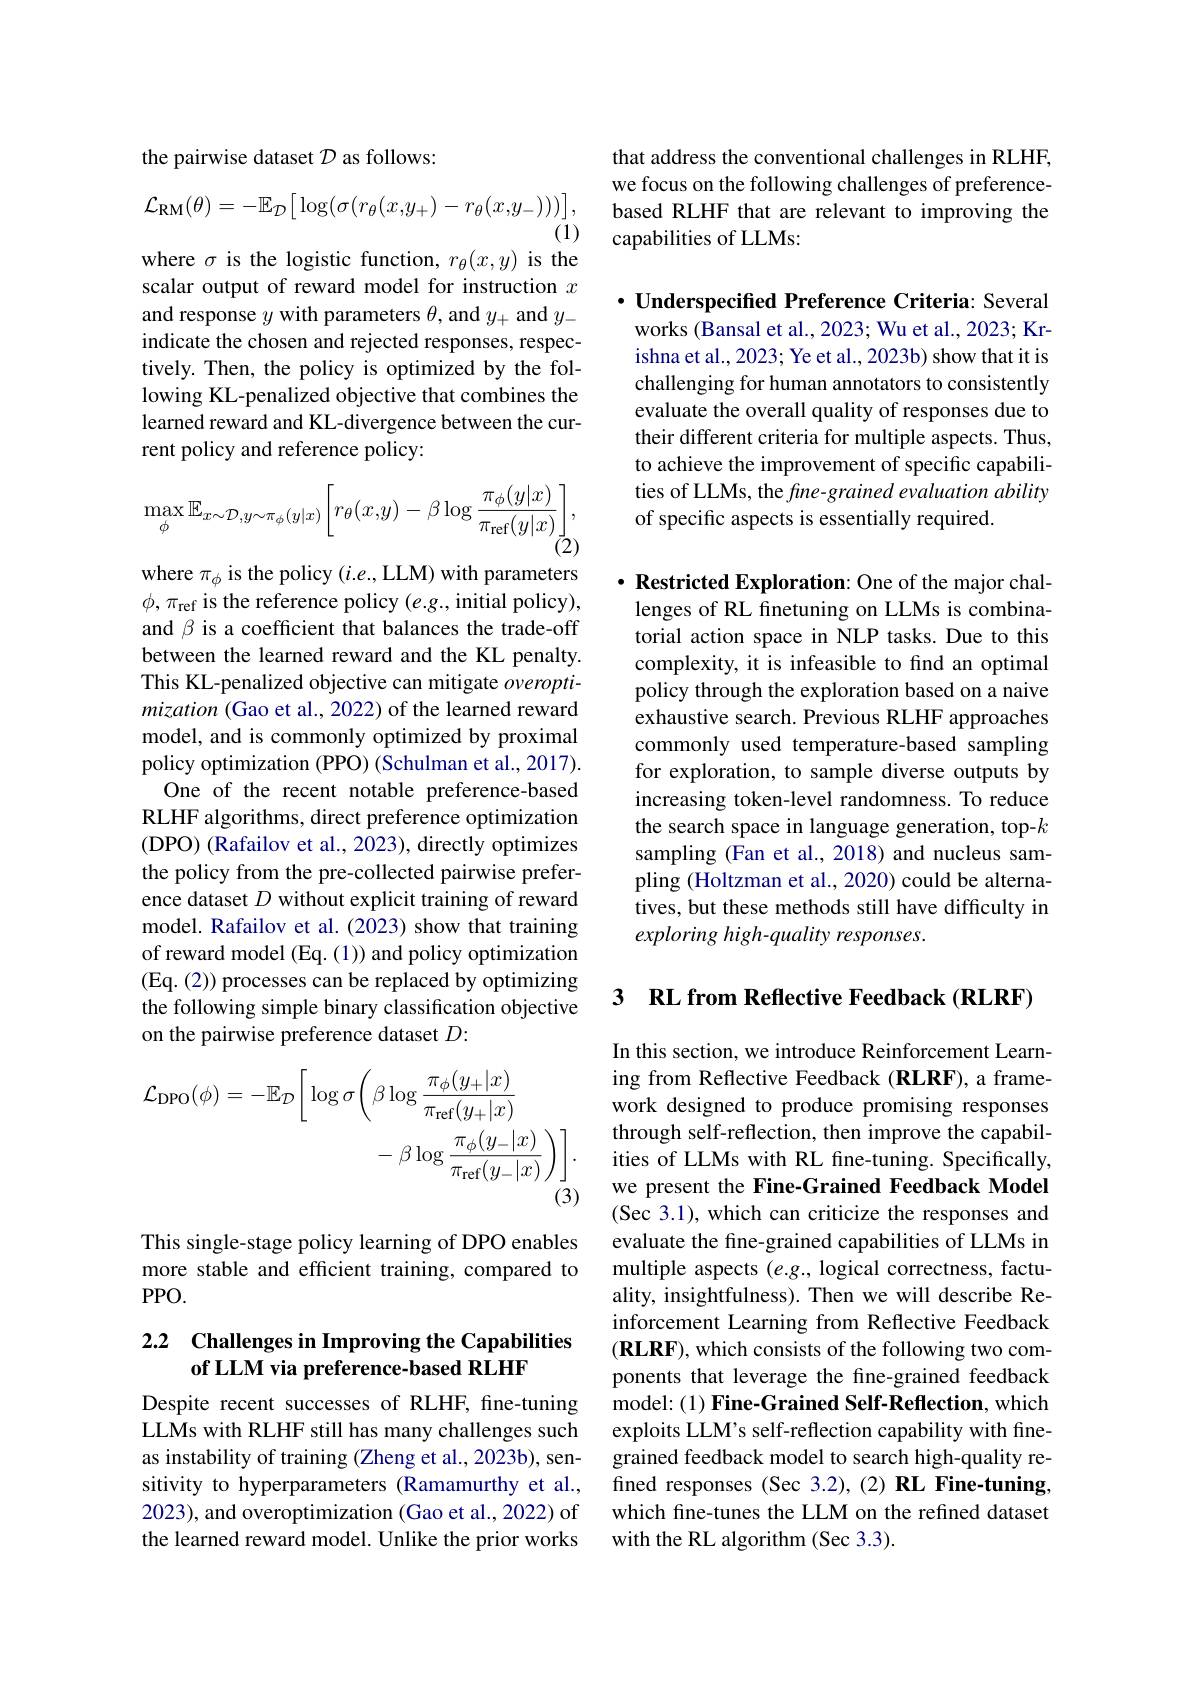
the pairwise dataset $\mathcal{D}$ as follows:
$$\mathcal{L}_{\mathrm{RM}}(\theta)=-\mathbb{E}_{\mathcal{D}}\big[\log(\sigma(r_{\theta}(x,y_{+})-r_{\theta}(x,y_{-})))\big],$$
$(\bar{1})$

where $\sigma$ is the logistic function, $r_\theta(x,y)$ is the

scalar output of reward model for instruction $x$ and response $y$ with parameters $\theta$, and $y_+$ and $y_-$ indicate the chosen and rejected responses, respectively. Then, the policy is optimized by the following KL-penalized objective that combines the learned reward and KL-divergence between the current policy and reference policy:
$$\max_{\phi}\mathbb{E}_{x\sim\mathcal{D},y\sim\pi_{\phi}(y|x)}\bigg[r_{\theta}(x,y)-\beta\log\frac{\pi_{\phi}(y|x)}{\pi_{\mathrm{ref}}(y|x)}\bigg],$$
where $\pi_\phi$ is the policy $(i.e.$,LLM) with parameters $\phi,\pi_{\mathrm{ref}}$ is the reference policy $(e.g.$,initial policy), and $\beta$ is a coefficient that balances the trade-off between the learned reward and the KL penalty. This KL-penalized objective can mitigate $overopti-$ mization (Gao et al., 2022) of the learned reward model, and is commonly optimized by proximal policy optimization (PPO) (Schulman et al., 2017).
One of the recent notable preference-based RLHF algorithms, direct preference optimization (DPO) (Rafailov et al., 2023), directly optimizes the policy from the pre-collected pairwise preference dataset $D$ without explicit training of reward model. Rafailov et al. (2023) show that training of reward model (Eq. (1)) and policy optimization (Eq. (2)) processes can be replaced by optimizing the following simple binary classification objective on the pairwise preference dataset $D:$
$$\mathcal{L}_{\mathrm{DPO}}(\phi)=-\mathbb{E}_{\mathcal{D}}\bigg[\log\sigma\bigg(\beta\log\frac{\pi_{\phi}(y_{+}|x)}{\pi_{\mathrm{ref}}(y_{+}|x)}\bigg)\bigg].\\-\beta\log\frac{\pi_{\phi}(y_{-}|x)}{\pi_{\mathrm{ref}}(y_{-}|x)}\bigg)\bigg].$$
This single-stage policy learning of DPO enables more stable and efficient training, compared to PPO.

## 2.2 Challenges in Improving the Capabilities of LLM via preference-based RLHF

Despite recent successes of RLHF, fne-tuning LLMs with RLHF still has many challenges such as instability of training (Zheng et al., 2023b), sensitivity to hyperparameters (Ramamurthy et al., 2023), and overoptimization (Gao et al., 2022) of the learned reward model. Unlike the prior works

that address the conventional challenges in RLHF, we focus on the following challenges of preferencebased RLHF that are relevant to improving the capabilities of LLMs:

$\cdot$ Underspecified Preference Criteria: Several

works (Bansal et al., 2023; Wu et al., 2023; Krishna et al., 2023; Ye et al., 2023b) show that it is challenging for human annotators to consistently evaluate the overall quality of responses due to their different criteria for multiple aspects. Thus, to achieve the improvement of specific capabilities of LLMs, the fine-grained evaluation ability of specific aspects is essentially required.

$\cdot \textbf{Restricted Exploration: One of the major chal- }$ lenges of RL finetuning on LLMs is combinatorial action space in NLP tasks. Due to this complexity, it is infeasible to find an optimal policy through the exploration based on a naive exhaustive search. Previous RLHF approaches commonly used temperature-based sampling for exploration, to sample diverse outputs by increasing token-level randomness. To reduce the search space in language generation, top-$k$ sampling (Fan et al., 2018) and nucleus sampling (Holtzman et al., 2020) could be alternatives, but these methods still have difficulty in $exploring high-quality responses.$

3 $\textbf{RL from Reflective Feedback( RLRF) }$

In this section, we introduce Reinforcement Learning from Reflective Feedback (RLRF), a framework designed to produce promising responses through self-reflection, then improve the capabilities of LLMs with RL fine-tuning. Specifically, we present the Fine-Grained Feedback Model (Sec 3.1), which can criticize the responses and evaluate the fine-grained capabilities of LLMs in multiple aspects $(e.g.$, logical correctness, factuality, insightfulness). Then we will describe Reinforcement Learning from Reflective Feedback $(\mathbf{RLRF})$, which consists of the following two components that leverage the fine-grained feedback model: (1) Fine-Grained Self-Reflection, which exploits LLM's self-reflection capability with finegrained feedback model to search high-quality refined responses (Sec 3.2), (2) RL Fine-tuning, which fine-tunes the LLM on the refined dataset with the RL algorithm (Sec 3.3).